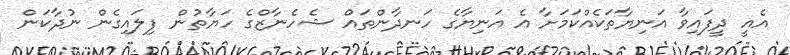
އެއީ ދީފައިވާ އަނިޔާތަކެއްކަމަށާ އެ އަނިޔާގެ ހަނދާންތައް ޝެހެނާޒްގެ ހަޔާތުން ފިލައިގެން ނުދާކަން